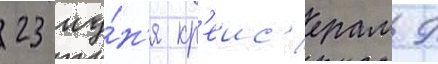
23 иу́н'я кр'еис'ерам 9